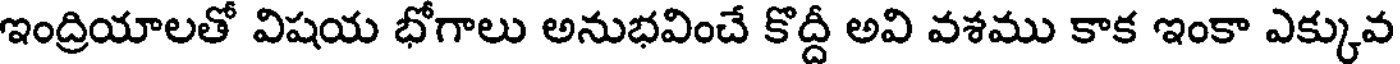
ఇంద్రియాలతో విషయ భోగాలు అనుభవించే కొద్దీ అవి వశము కాక ఇంకా ఎక్కువ